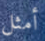
أمثل